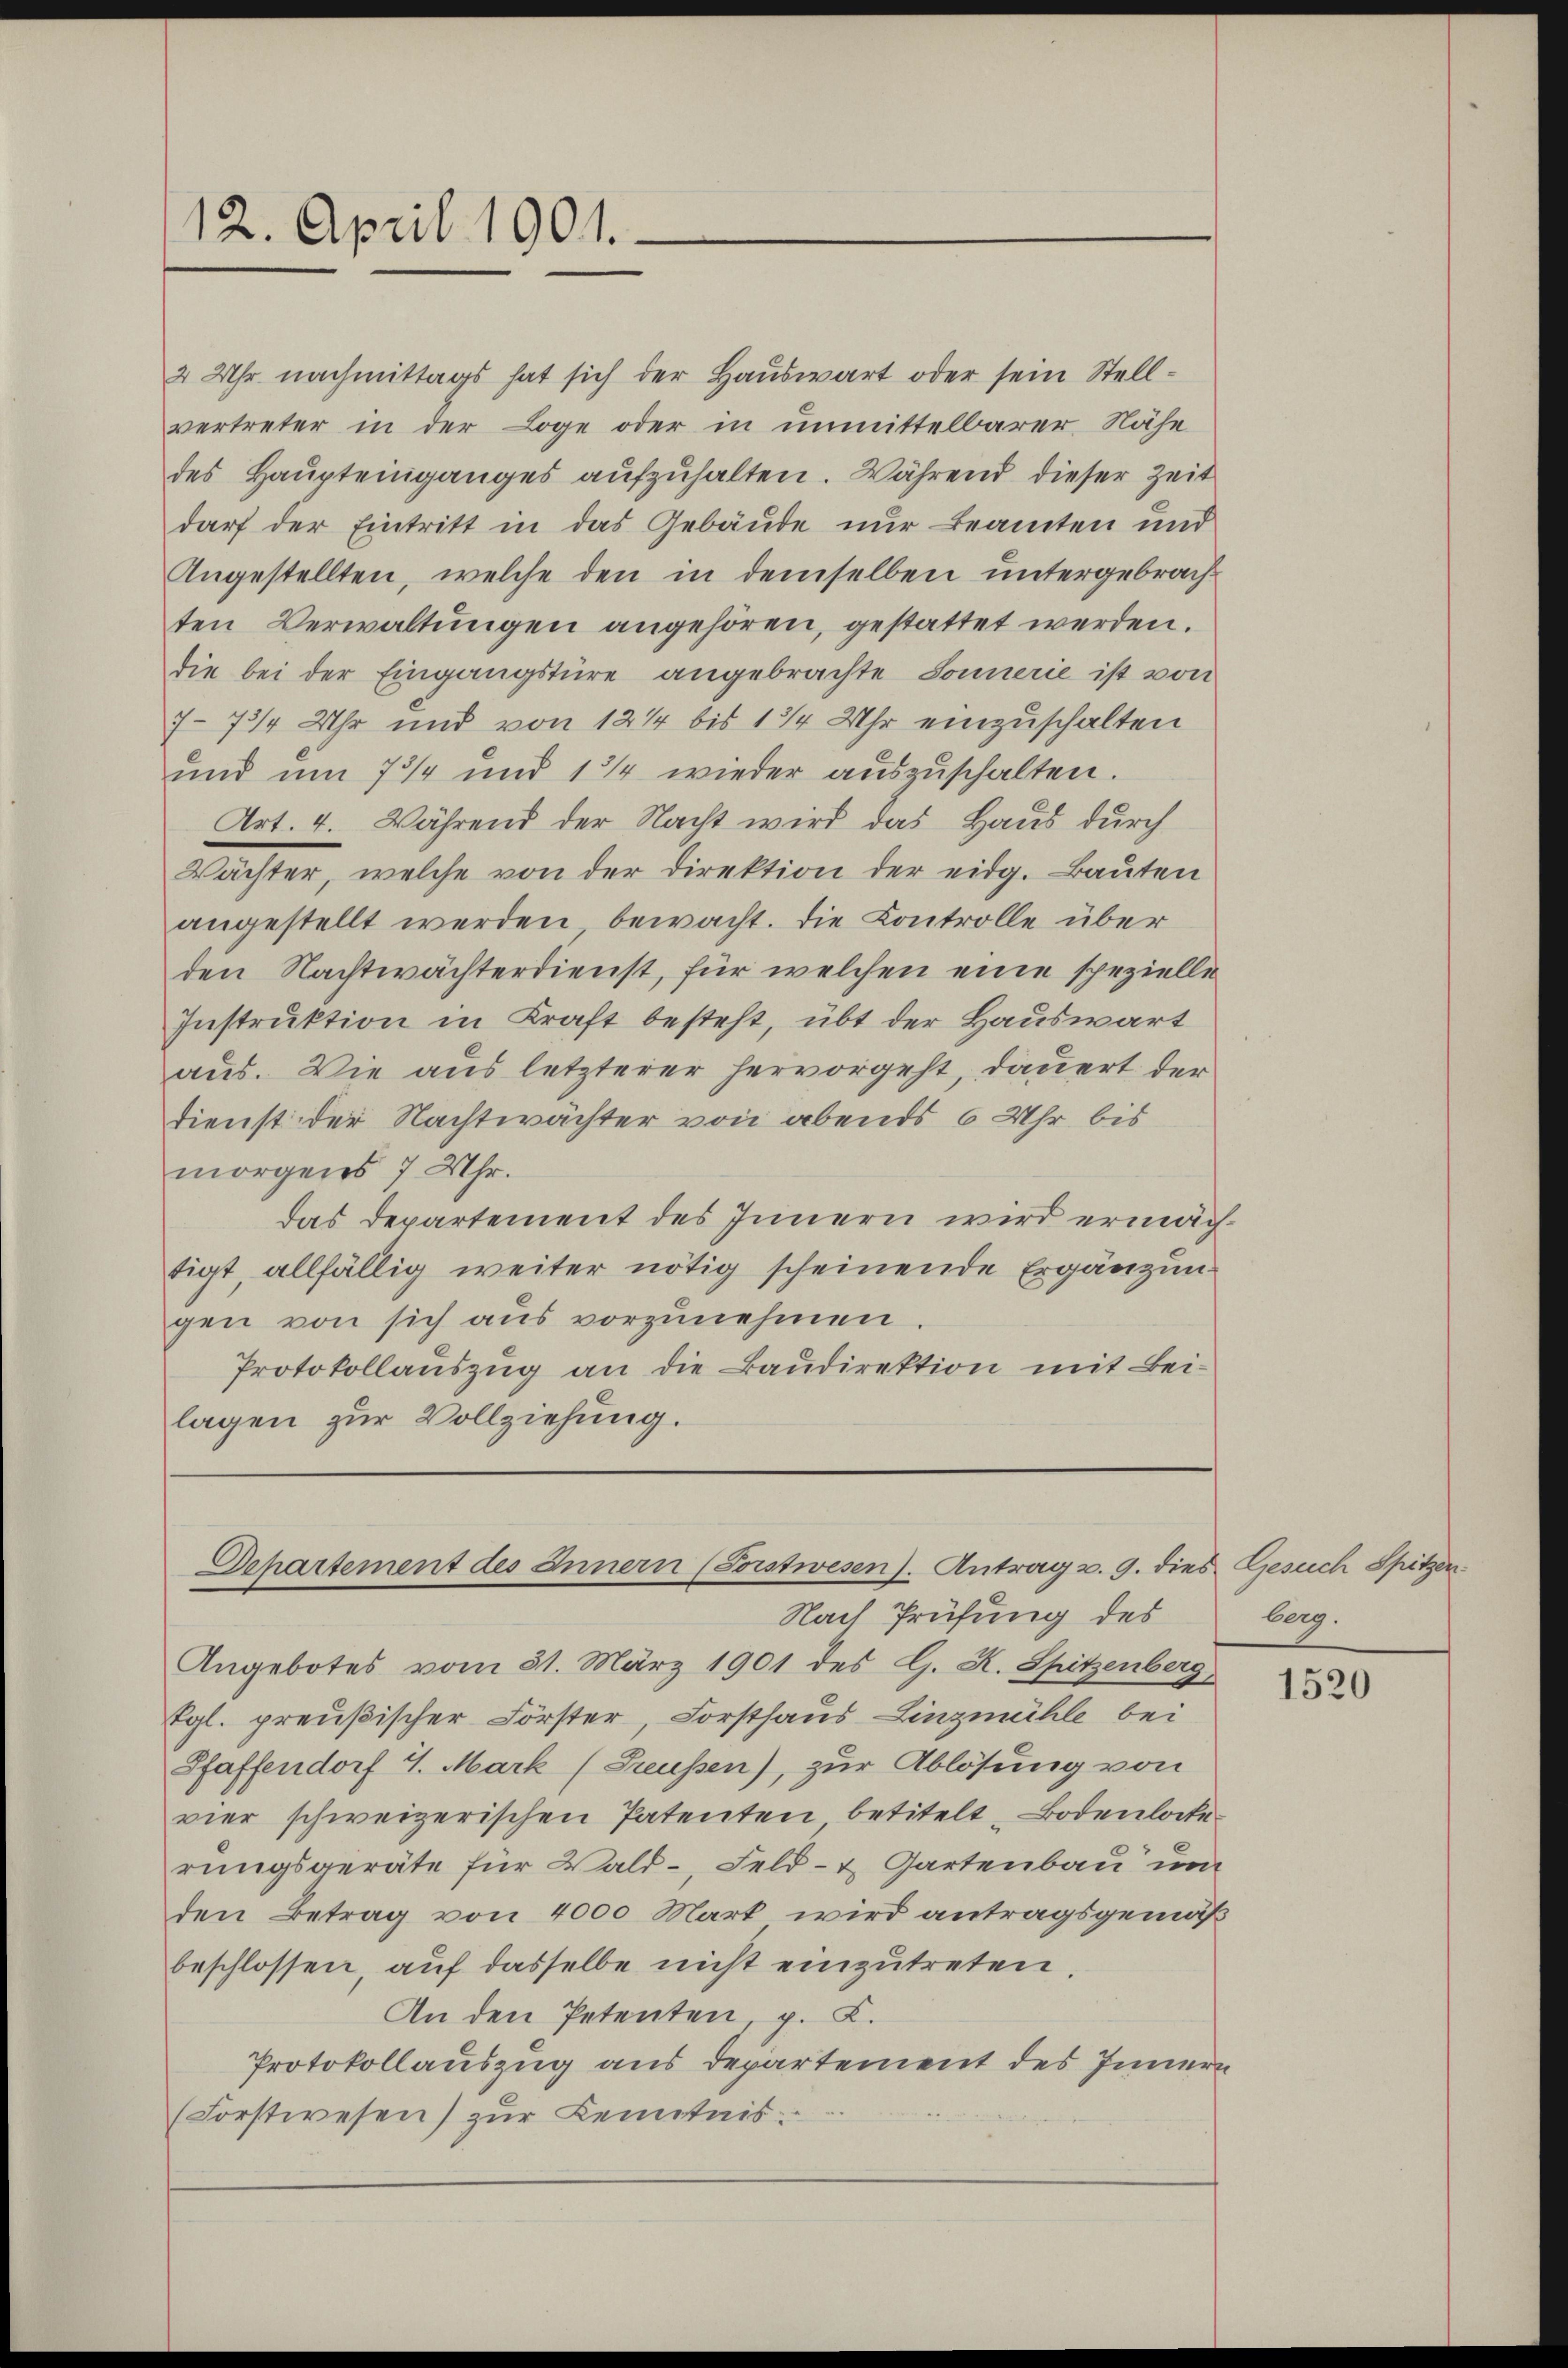
12. April 1901.

2 Uhr nachmittags hat sich der Hauswart oder sein Stellvertreter in der Loge oder in unmittelbarer Nähe
des Haupteinganges aufzuhalten. Während dieser Zeit
darf der Eintritt in das Gebäude nur Beamten und
Angestellten, welche den in demselben untergebrachten Verwaltungen angehören, gestattet werden.
die bei der Eingangstüre angebrachte Sonnerie ist von
7-73/4 Uhr und von 121 bis 134 Uhr einzuschalten
und um 7 3/4 und 134 wieder auszuschalten.
Art. 4. Während der Nacht wird das Haus durch
Wächter, welche von der Direktion der eidg. Bauten
angestellt werden bewacht. Die Controlle über
den Nachtwächterdienst, für welchen eine spezielle
Instruktion in Kraft besteht, übt der Hauswart
aus. Wie aus letzterer hervorgeht, dauert der
dienst der Nachtwächter von abends 6 Uhr bis
morgens 7 Uhr.
das Departement des Innern wird ermächtigt, allfällig weiter nötig scheinende Ergänzun
gen von sich aus vorzunehmen
Protokollauszug an die Baudirektion mit Bei-
lagen zur Vollziehung.

Nach Prüfung des
Angebotes vom 31. März 1901 des G. K. Spitzenberg,
Egl. preußischer Förster, Forsthaus Linzmühle bei
Pfaffendorf 4. Mark (Preußen), zur Ablösung von
vier schweizerischen Patenten betitelt Bodenlocke
rungsgeräte für Wald-, Feld- & Gartenbau un
den Betrag von 4000 Mark wird antragsgemäß
beschlossen, auf dasselbe nicht einzutreten.
An den Petenten, z. K.
Protokollauszug aus Departement des Innern
(Forstwesen) zur Lentnis:

Departement des Innern (Forstwesen). Antrag v. 9. dies Gesuch Spitzen

berg.

1520